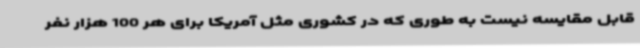
قابل مقایسه نیست به طوری که در کشوری مثل آمریکا برای هر 100 هزار نفر